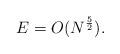
LaTeX: \begin{align*}E=O(N^{\frac{5}{2}}).\end{align*}